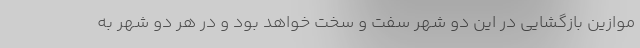
موازین بازگشایی در این دو شهر سفت و سخت خواهد بود و در هر دو شهر به